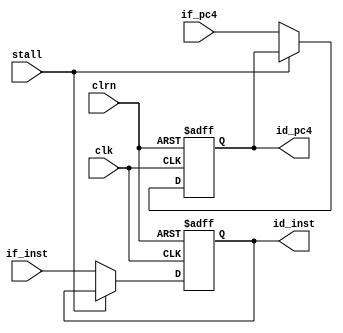
`timescale 1ns / 1ps
//////////////////////////////////////////////////////////////////////////////////
// Company: 
// Engineer: 
// 
// Design Name: 
// Module Name:    IF_ID_register 
// Project Name: 
// Target Devices: 
// Tool versions: 
// Description: 
//
// Dependencies: 
//
// Revision: 
// Revision 0.01 - File Created
// Additional Comments: 
//
//////////////////////////////////////////////////////////////////////////////////
module IF_ID_register(if_pc4,if_inst,clk,clrn,id_pc4,id_inst,stall
    );
	 input [31:0] if_pc4,if_inst;  // ifif_pc4-if_inst-
	 input clk,clrn;               // clk-clrn-
	 input stall;
	 output [31:0] id_pc4,id_inst; // idid_pc4-id_inst-
	 
	 reg [31:0] id_pc4,id_inst;
	 always@(posedge clk or negedge clrn)
		if(clrn == 0)               // 0ifid
			begin
				id_pc4<=0;
				id_inst<=0;
			end
		else
			begin
				if(stall == 0)
					begin
						id_pc4<=if_pc4;
						id_inst<=if_inst;
					end
			end

endmodule